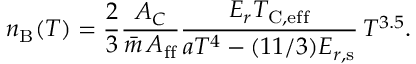
n _ { \mathrm { B } } ( T ) = \frac { 2 } { 3 } \frac { A _ { C } } { \bar { m } \, A _ { \mathrm { f f } } } \frac { E _ { r } T _ { \mathrm { C , e f f } } } { a T ^ { 4 } - ( 1 1 / 3 ) \ensuremath { E _ { r , \mathrm { s } } } } \, T ^ { 3 . 5 } .